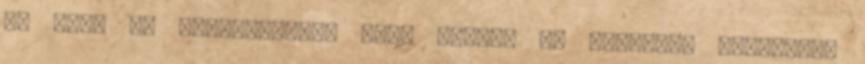
ad meg, és beleegyezik, hogy ezeket az adatokat frissíti.